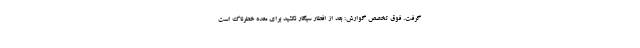
گرفت. فوق تخصص گوارش: بعد از افطار سیگار نکشید برای معده خطرناک است